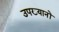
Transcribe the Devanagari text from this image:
उपख्यानों